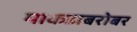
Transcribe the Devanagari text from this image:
माकडाबरोबर